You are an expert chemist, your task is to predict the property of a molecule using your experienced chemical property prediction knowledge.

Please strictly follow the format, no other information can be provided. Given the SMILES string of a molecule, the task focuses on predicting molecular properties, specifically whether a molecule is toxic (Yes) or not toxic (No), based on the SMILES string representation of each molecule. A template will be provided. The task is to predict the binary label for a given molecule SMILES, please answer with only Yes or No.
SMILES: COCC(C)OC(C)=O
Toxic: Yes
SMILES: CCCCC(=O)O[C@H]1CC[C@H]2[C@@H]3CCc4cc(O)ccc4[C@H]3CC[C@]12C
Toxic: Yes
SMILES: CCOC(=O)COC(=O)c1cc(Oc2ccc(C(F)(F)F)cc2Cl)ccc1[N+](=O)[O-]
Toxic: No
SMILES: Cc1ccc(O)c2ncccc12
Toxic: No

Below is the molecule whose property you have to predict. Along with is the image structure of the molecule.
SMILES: NCCOCCO
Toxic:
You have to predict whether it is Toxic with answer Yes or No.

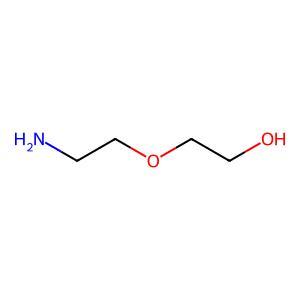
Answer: No